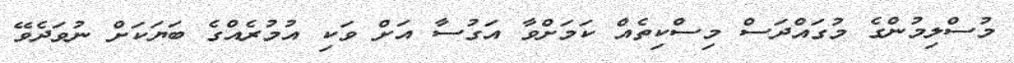
މުސްލިމުންގެ މުގައްދަސް މިސްކިތެއް ކަމަށްވާ އަގުސާ އަށް ވަކި އުމުރެއްގެ ބަޔަކަށް ނުވަދެވޭ